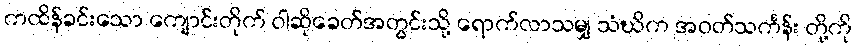
ကထိန်ခင်းသော ကျောင်းတိုက် ဝါဆိုခေတ်အတွင်းသို့ ရောက်လာသမျှ သံဃိက အဝတ်သင်္ကန်း တို့ကို